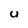
Character: U